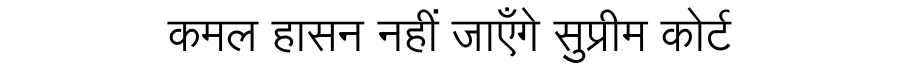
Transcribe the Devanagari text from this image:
कमल हासन नहीं जाएँगे सुप्रीम कोर्ट